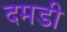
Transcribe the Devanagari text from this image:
दमडी